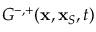
G ^ { - , + } ( { \bf x } , { \bf x } _ { S } , t )